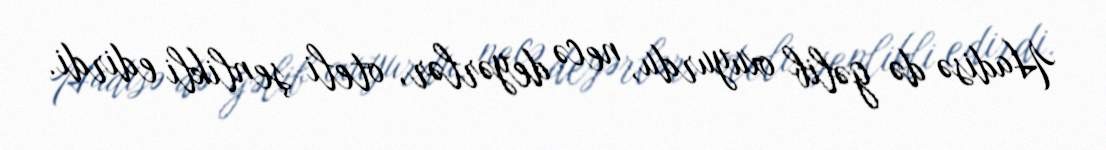
Hadisə də gəlib oxuyurdu, necə deyərlər, oteli şenlikli edirdi.